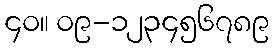
၄၀။ ၀၉-၁၂၃၄၅၆၇၈၉